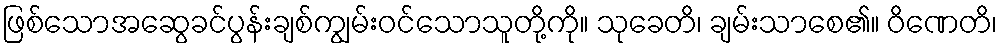
ဖြစ်သောအဆွေခင်ပွန်းချစ်ကျွမ်းဝင်သောသူတို့ကို။ သုခေတိ၊ ချမ်းသာစေ၏။ ဝိဏေတိ၊